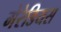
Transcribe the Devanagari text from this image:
मेरेडियस